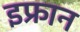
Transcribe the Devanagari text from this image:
इफ्रान